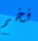
فخم